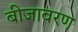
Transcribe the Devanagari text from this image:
बीजावरण